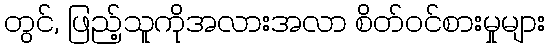
တွင်, ဖြည့်သူကိုအလားအလာ စိတ်ဝင်စားမှုများ